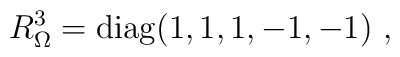
R_{\Omega}^3={\rm diag}(1, 1, 1, -1, -1) ~,~\,